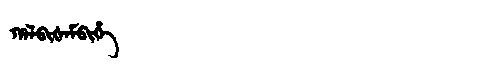
Manchu: ᡥᠠᠯᠪᡳᡧᠠᠮᠪᡳᡥᡝ
Romanization: HALBIŠAMBIHE